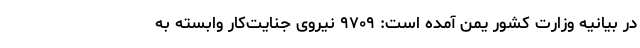
در بیانیه وزارت کشور یمن آمده است: ۹۷۰۹ نیروی جنایت‌کار وابسته به